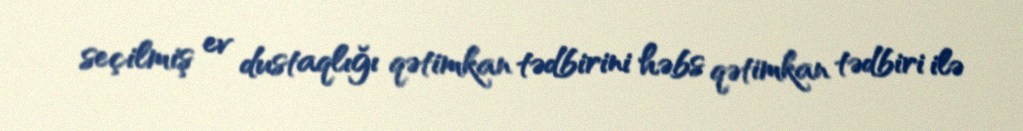
seçilmiş ev dustaqlığı qətimkan tədbirini həbs qətimkan tədbiri ilə